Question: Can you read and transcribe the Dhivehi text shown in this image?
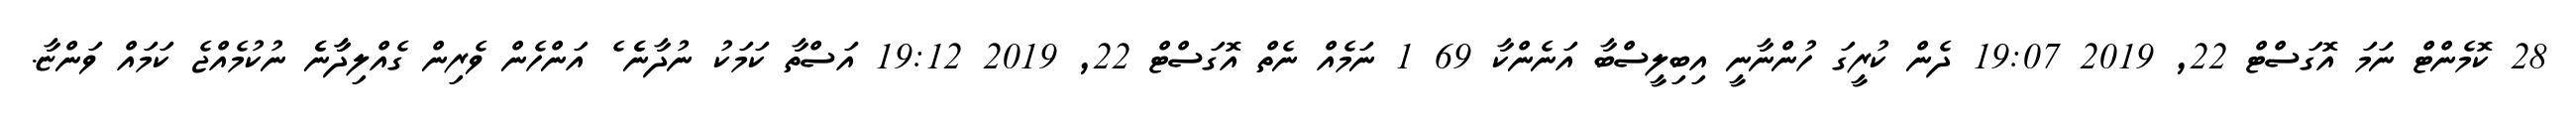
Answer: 28 ކޮމެންޓް ނަމަ އޮގަސްޓް 22, 2019 19:07 ދެން ކުރީގަ ހުންނާނީ އިބިލީސްބާ އަނެންކާ 69 1 ނަމެއް ނެތް އޮގަސްޓް 22, 2019 19:12 އަސްތާ ކަމަކު ނުދާނެެ ެ އަންހެން ވެރިން ގެއްލިދާާނެެ ނުކުމެއްޖެ ކަމައް ވަންޏާ.